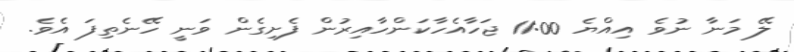
ލޭ މަނާ ނުވެ އިއްޔެ 11:00 ޖަހާއެހާކަންހާއިރުން ފެށިގެން ވަނީ ހޭނެތިފަ އެވެ.